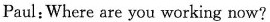
Paul:Where are you working now? T